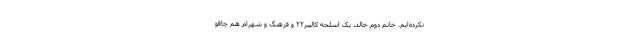
نکرده‌ایم. خانم دوم خالد، یک اسلحه کالیبر۲۲ و فرهنگ و شهرام هم چاقو